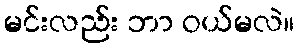
မင်းလည်း ဘာ ဝယ်မလဲ။